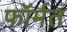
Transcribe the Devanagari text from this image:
फॉर्मत